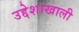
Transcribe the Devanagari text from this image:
उद्देशाखाली